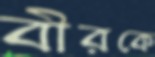
বীরকে